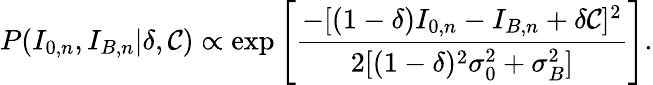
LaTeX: P(I_{0,n},I_{B,n}|\delta,\mathcal{C})\propto\exp\left[\frac{{-[(1-\delta)I_{0,n}-I_{B,n}+\delta\mathcal{C}]^{2}}}{{2[(1-\delta)^{2}\sigma_{0}^{2}+\sigma_{B}^{2}]}}\right].